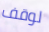
لوقف